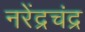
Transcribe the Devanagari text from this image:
नरेंद्रचंद्र